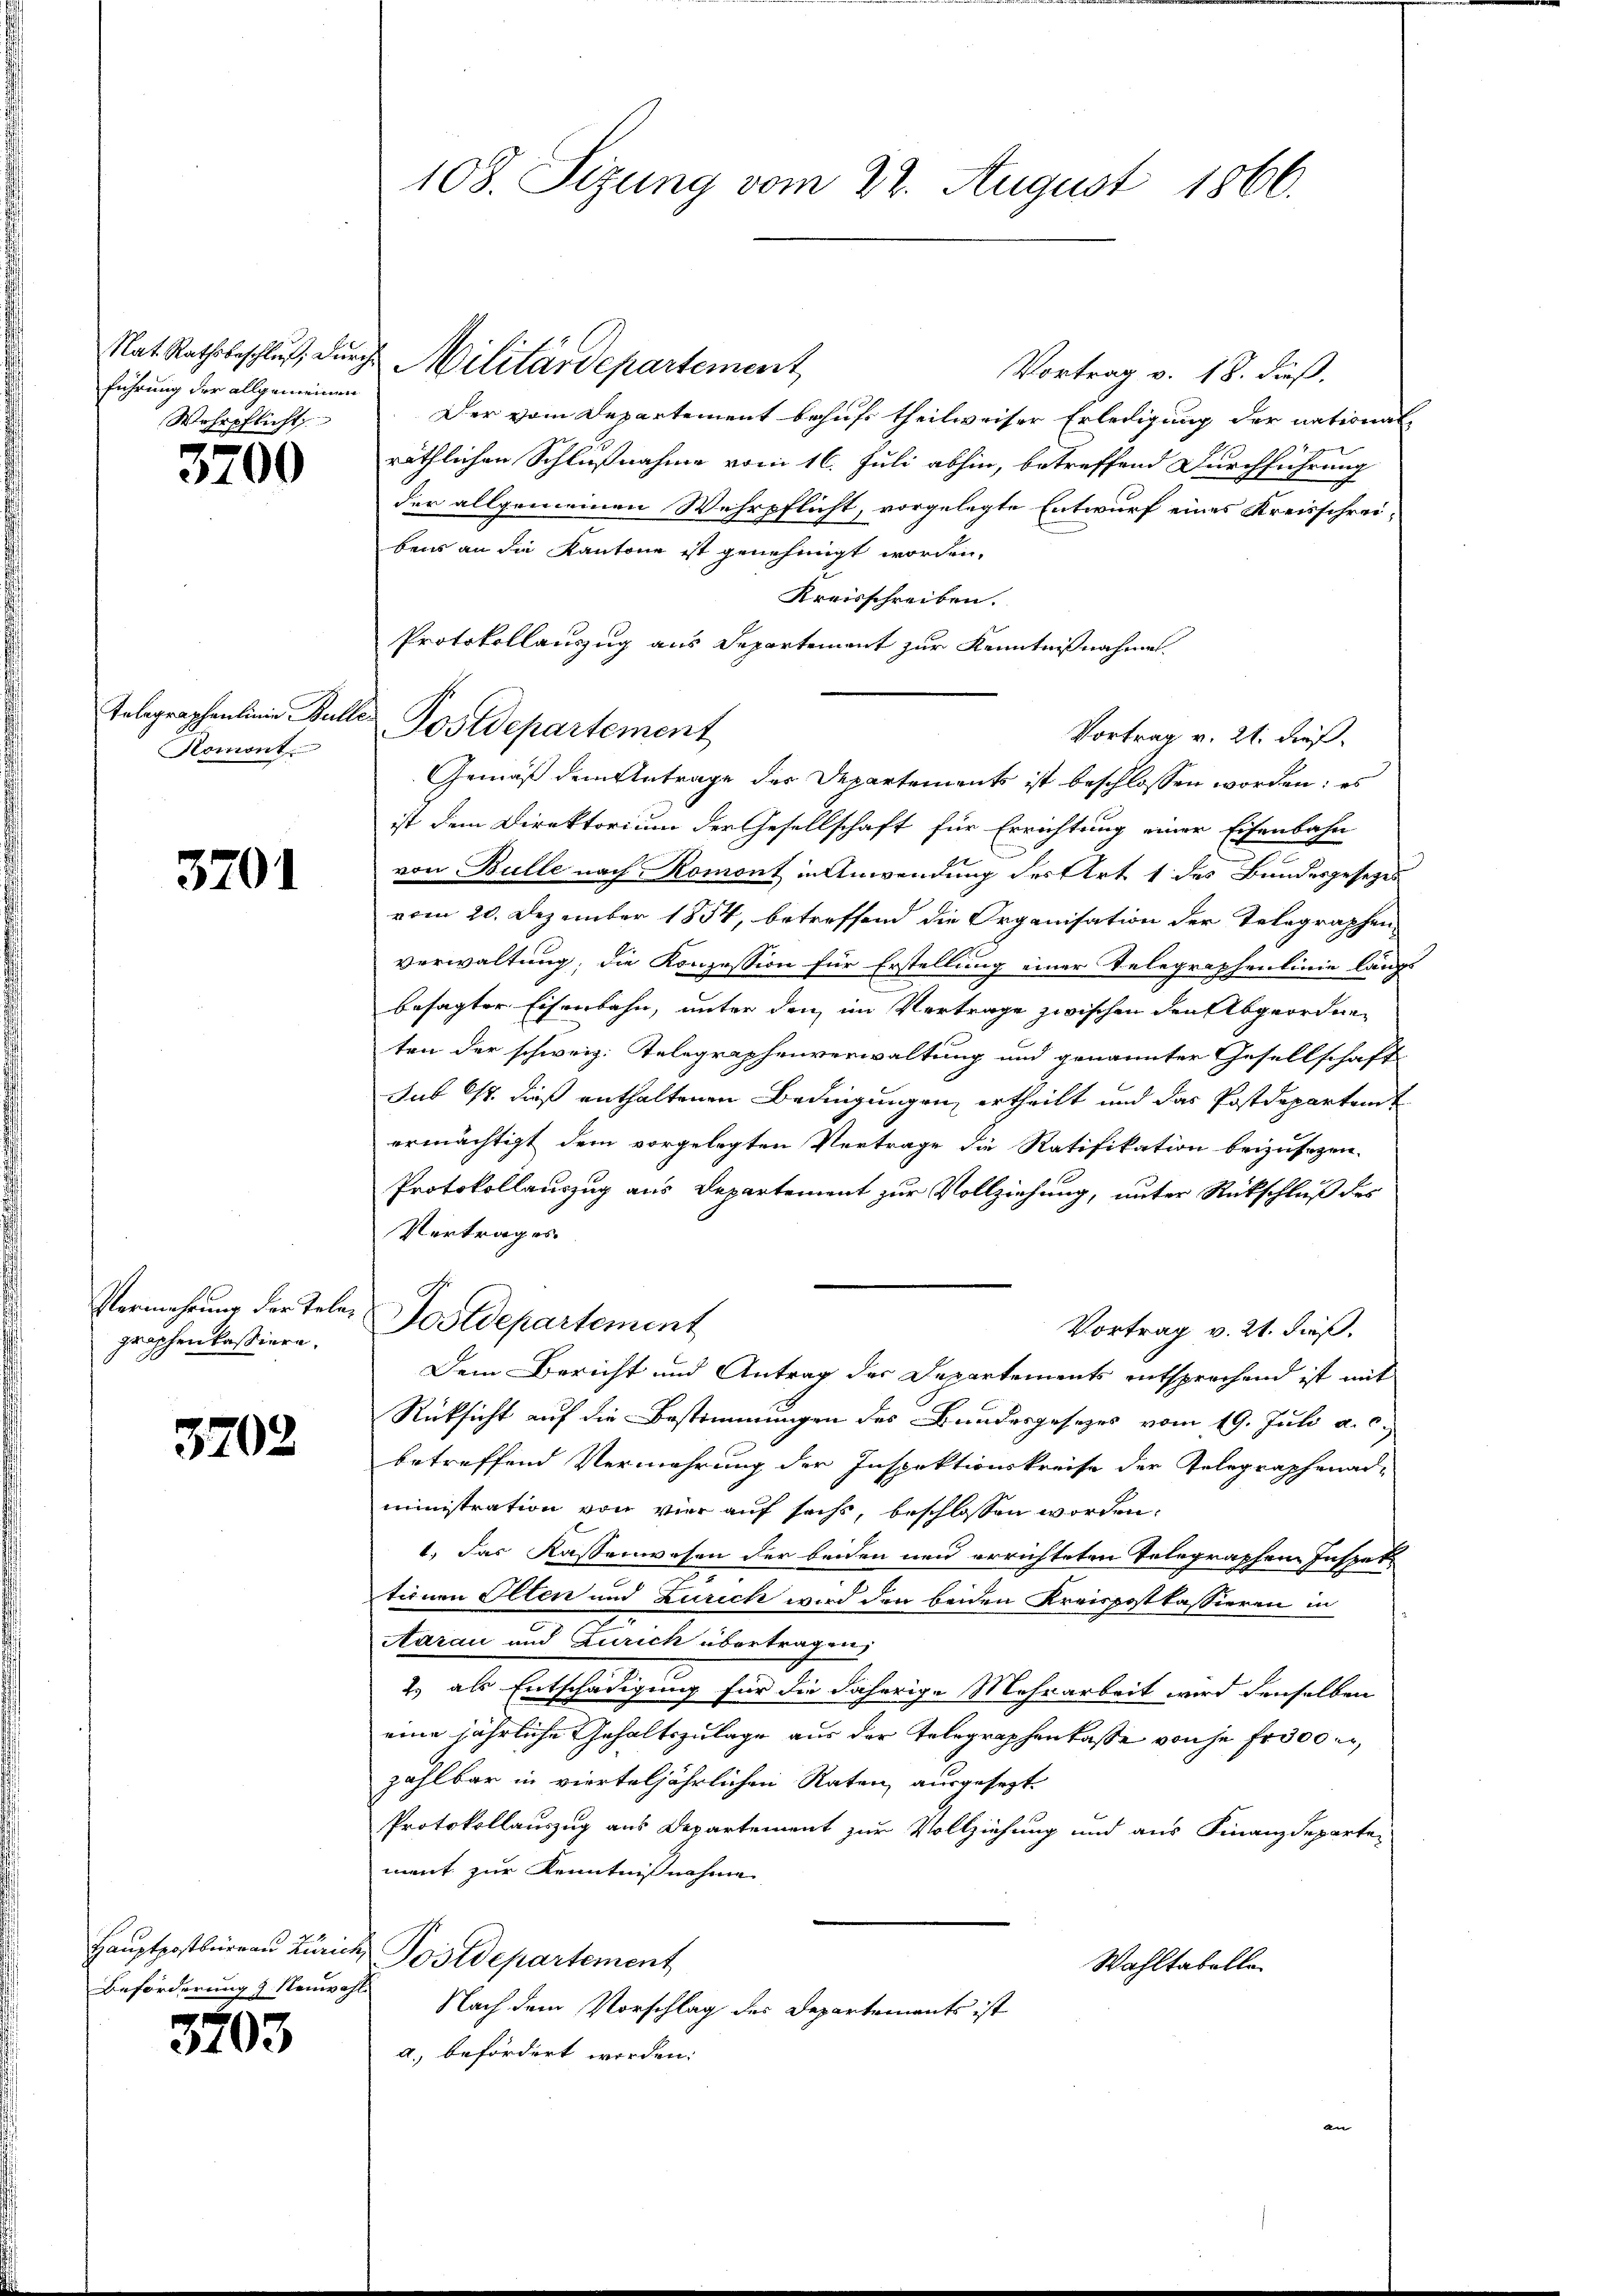
führung der allgemeinen
Wehrpflicht

3700

Homont

3701

graphenkassiere.

3702

Beförderung z. Neuwahl

3703

Nat. Rathsbeschluß, durch Militärdepartement
Vortrag v. 18. dieß.
Der vom Departement behufs theilweiser Erledigung der national-
räthlichen Schlußnahme vom 16. Juli abhin, betreffend Durchführung
der allgemeinen Wehrpflicht, vorgelegte Entwurf eines Kreisschreibens an die Kantone ist genehmigt worden,
Kreisschreiben.
Protokollanzzug aus Departement zur Kenntnißnahme
Telegraphenlinie Bulle Postdepartement
Vortrag v. 21. dieß.
Gemäß dem Antrage der Departements ist beschlossen worden: es
ist dem Direktorium der Gesellschaft für Errichtung einer Eisenbahn
von Bülle nach Romont in Anwendung des Art. 1 des Bundesgesetzes
vom 20. Dezember 1854, betreffend die Organisation der Telegraphen
verwaltung; die Konzession für Erstellung einer Telegraphenlinie längs
besagter Eisenbahn, unter den im Vertrage zwischen den Abgeordneten der schweiz. Telegraphenverwaltung und genannter Gesellschaft
sub 15. dieß enthaltenen Bedingungen ertheilt und das Postdeparten
ermächtigt dem vorgelegten Vertrage die Ratifikation beizusezen.
Protokollauszug aus Departement zur Vollziehung, unter Rückschluß des
Vertrages
Vermehrung der Tele, Postdepartement
Vortrag v. 21. dieß.
Dem Bericht und Antrag des Departements entsprochend ist mit
Rücksicht auf die Bestimmungen des Bundesgesetzes vom 19. Juli a. c.
betreffend Vermehrung der Inspektionskreise der Telegraphenad-
ministration von vier auf sechs, beschlossen worden.
1. das Kassenwesen der beiden neu errichteten Telegraphen Inspet
tionen Olten und Zürich wird den beiden Kreispostkassieren in
2
Aarau und Zürich übertragen,
2.) als Entschädigung für die daherige Mehrarbeit wird denselben
eine jährliche Gehaltszulage aus der Telegraphenkasse von je Fr. 300
zahlbar in vierteljährlichen Raten, ausgesezt
Protokollauszug aus Departement zur Vollziehung und aus Finanzdepartei
ment zur Kenntnißnahme
Hauptpostbureau Zürich, Postdepartement
Wahltabelle
Nach dem Vorschlag des Departements ist
a. befördert worden:

108. Sizung vom 22. August 1866.